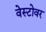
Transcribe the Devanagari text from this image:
वेस्टोवर